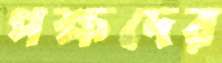
পক্ষদের